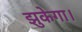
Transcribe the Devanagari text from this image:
झुकेगा।